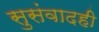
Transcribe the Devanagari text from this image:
सुसंवादही